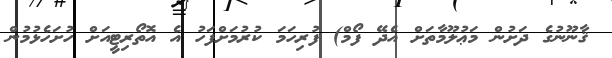
ޤާނޫނުގެ ދަށުން މަޢުލޫމާތަށް އެދޭ ފޯމް) ފުރިހަމަ ކުރުމަށްފަހު އެ އޮތޯރިޓީއަށް ހުށަހެޅުމުން